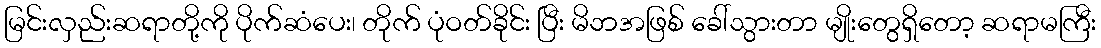
မြင်းလှည်းဆရာတို့ကို ပိုက်ဆံပေး၊ တိုက် ပုံဝတ်ခိုင်း ပြီး မိဘအဖြစ် ခေါ်သွားတာ မျိုးတွေရှိတော့ ဆရာမကြီး